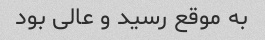
به موقع رسید و عالی بود